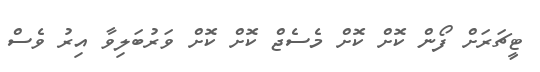
ޓީޗަރަށް ފޯން ކޮށް ކޮށް މެެސެޖް ކޮށް ކޮށް ވަރުބަލިވާ އިރު ވެސް